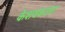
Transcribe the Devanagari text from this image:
केशवकटरा